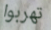
تهربوا